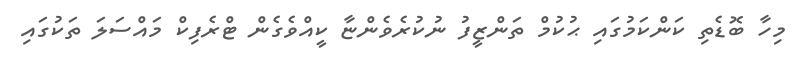
މިހާ ބޮޑެތި ކަންކަމުގައި ޙުކުމް ތަންޒީފު ނުކުރެވެންޏާ ކީއްވެގެން ޓްރެފިކް މައްސަލަ ތަކުގައި